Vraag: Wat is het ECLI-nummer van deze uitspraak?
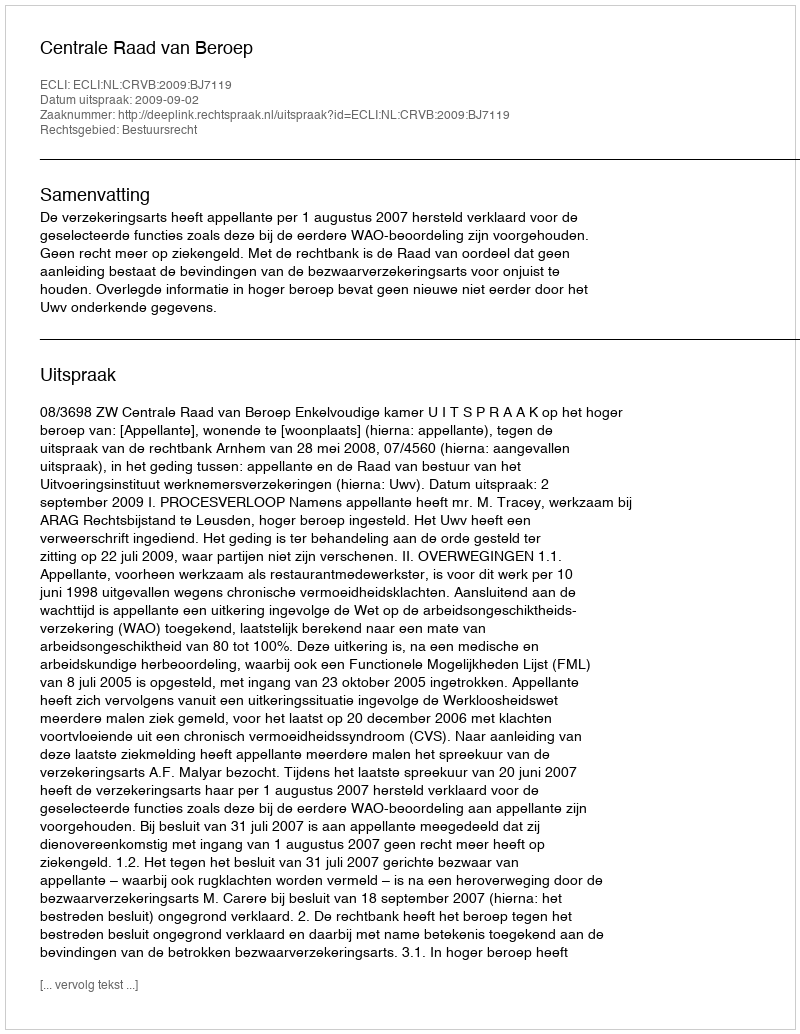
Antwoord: ECLI:NL:CRVB:2009:BJ7119